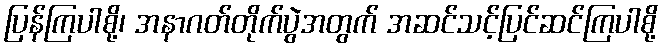
ပြန်ကြပါစို့၊ အနာဂတ်တိုက်ပွဲအတွက် အဆင်သင့်ပြင်ဆင်ကြပါစို့